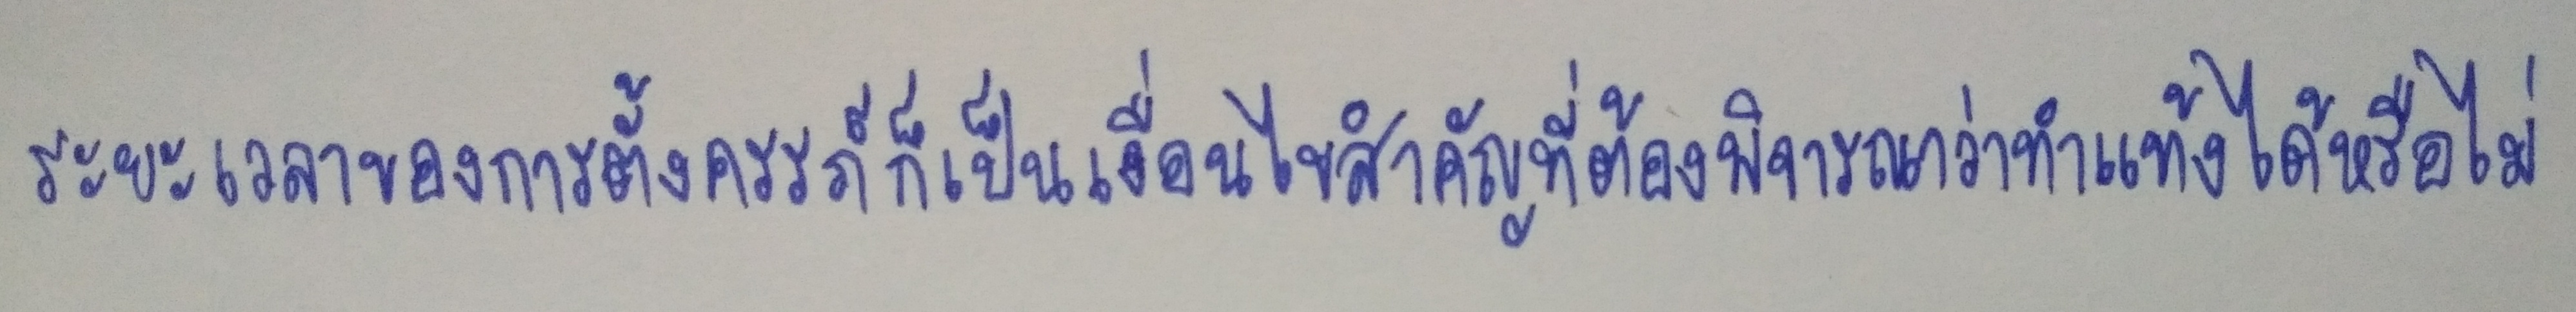
ระยะเวลาของการตั้งครรภ์ก็เป็นเงื่อนไขสำคัญที่ต้องพิจารณาว่าทำแท้งได้หรือไม่